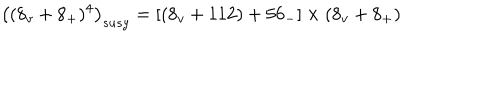
\left( ( 8 _ { v } + 8 _ { + } ) ^ { 4 } \right) _ { s u s y } = \left[ \left( 8 _ { v } + 1 1 2 \right) + 5 6 _ { - } \right] \times ( 8 _ { v } + 8 _ { + } )